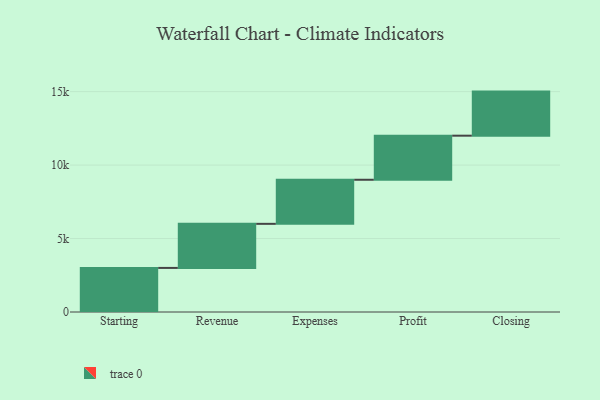
{"axis": {"x": "Step", "y": "Value"}, "legend": [""], "data": [{"x": "Starting", "y": 3000, "type": ""}, {"x": "Revenue", "y": 3000, "type": ""}, {"x": "Expenses", "y": 3000, "type": ""}, {"x": "Profit", "y": 3000, "type": ""}, {"x": "Closing", "y": 3000, "type": ""}]}